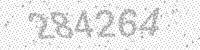
Solution: 284264